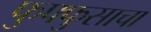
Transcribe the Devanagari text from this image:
फुफ्‍फुसाचा